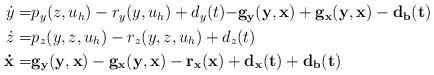
LaTeX: \begin{align*}\begin{aligned}\dot{y}=&p_y(z,u_h)-r_y(y,u_h)+d_y(t)\mathbf{-g_y(y,x)+g_x(y,x)-d_b(t)}\\\dot{z}=&p_z(y,z,u_h)-r_z(y,z,u_h)+d_z(t)\\\mathbf{\dot{x}}=&\mathbf{g_y(y,x)-g_x(y,x)-r_x(x)+d_x(t)+d_b(t)}\end{aligned}\end{align*}